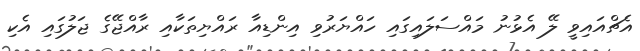
އެޗްއައިވީ ލޭ އެޅުުނު މައްސަލައިގައި ހައްޔަރުވި އިންޑިއާ ރައްޔިތަކާއި ރާއްޖޭގެ ޖަލުގައި އެކި